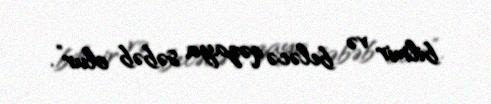
bilmir və beləcə qəzaya səbəb olur”.